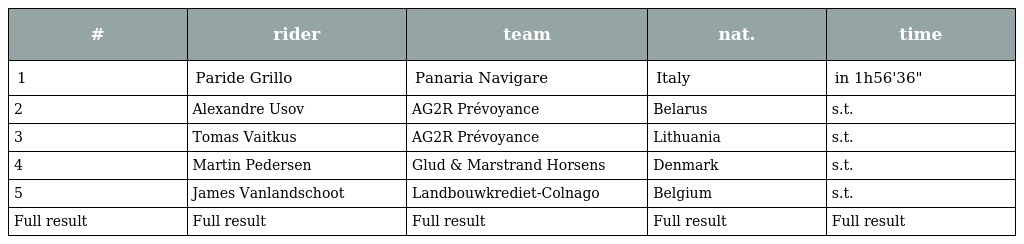
| # | rider | team | nat. | time |
 | --- | --- | --- | --- | --- |
 | 1 | Paride Grillo | Panaria Navigare | Italy | in 1h56'36" |
 | 2 | Alexandre Usov | AG2R Prévoyance | Belarus | s.t. |
 | 3 | Tomas Vaitkus | AG2R Prévoyance | Lithuania | s.t. |
 | 4 | Martin Pedersen | Glud & Marstrand Horsens | Denmark | s.t. |
 | 5 | James Vanlandschoot | Landbouwkrediet-Colnago | Belgium | s.t. |
 | Full result | Full result | Full result | Full result | Full result |